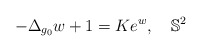
\begin{align*}-\Delta_{g_0}w + 1 = K e^w,\quad\mathbb{S}^2\end{align*}